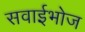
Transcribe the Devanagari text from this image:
सवाईभोज